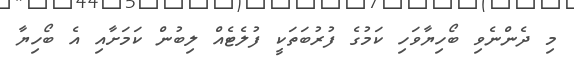
މި ދެންނެވި ބޯހިޔާވަހި ކަމުގެ ފުރުބަތަކީ ފުލެޓެއް ލިބުން ކަމަށާއި އެ ބޯހިޔާ